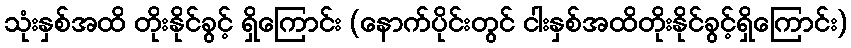
သုံးနှစ်အထိ တိုးနိုင်ခွင့် ရှိကြောင်း (နောက်ပိုင်းတွင် ငါးနှစ်အထိတိုးနိုင်ခွင့်ရှိကြောင်း)